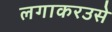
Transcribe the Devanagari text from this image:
लगाकरउसे